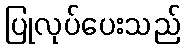
ပြုလုပ်ပေးသည်